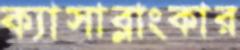
ক্যাসাব্লাংকার